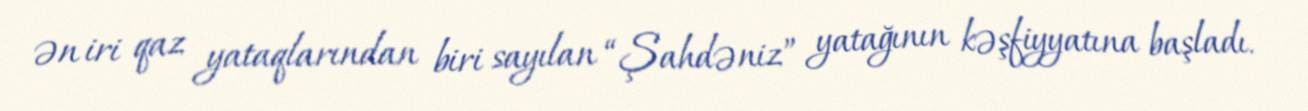
ən iri qaz yataqlarından biri sayılan “Şahdəniz” yatağının kəşfiyyatına başladı.